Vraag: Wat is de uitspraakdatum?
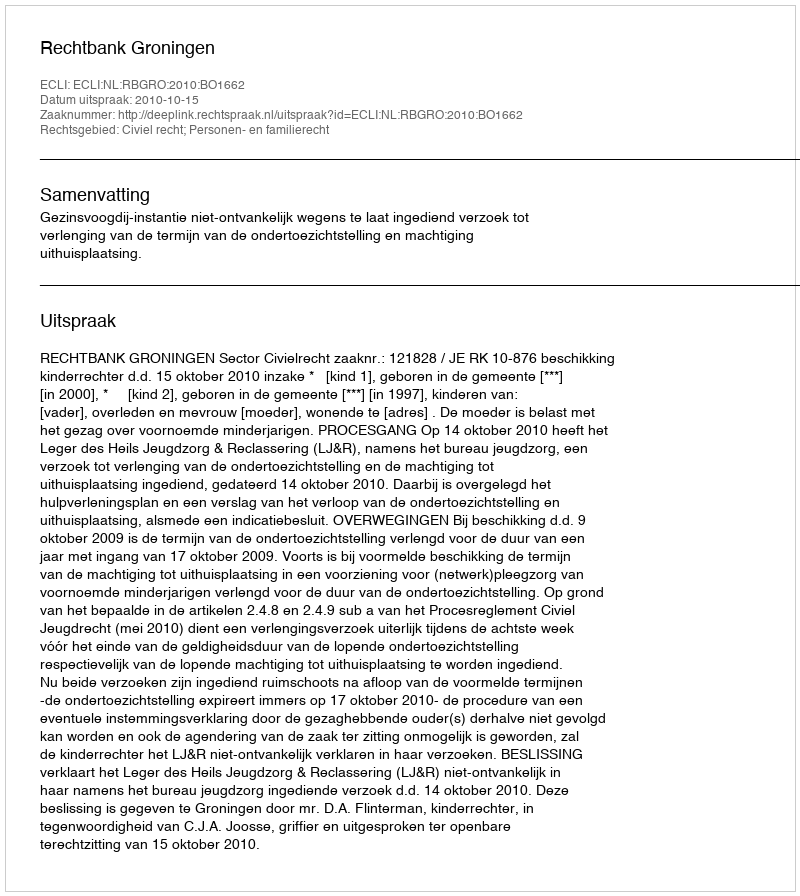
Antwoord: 2010-10-15